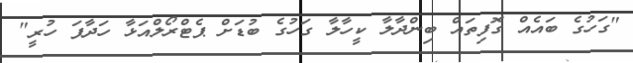
"ގަހުގެ ބައެއް ގޮފިތައް ބިންދާލާ ކީހާލާ ގަހުގެ ބުޑަށް ޕެޓްރޯލްއަޅާ ހަދާފަ ހުރީ"